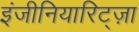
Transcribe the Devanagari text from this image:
इंजीनियारिट्ज़ा